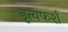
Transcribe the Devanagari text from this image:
नृत्यफर्श